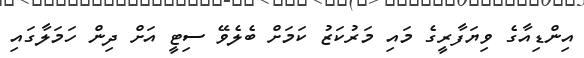
އިންޑިއާގެ ވިޔަފާރީގެ މައި މަރުކަޒު ކަމަށް ބެލެވޭ ސިޓީ އަށް ދިން ހަމަލާގައި